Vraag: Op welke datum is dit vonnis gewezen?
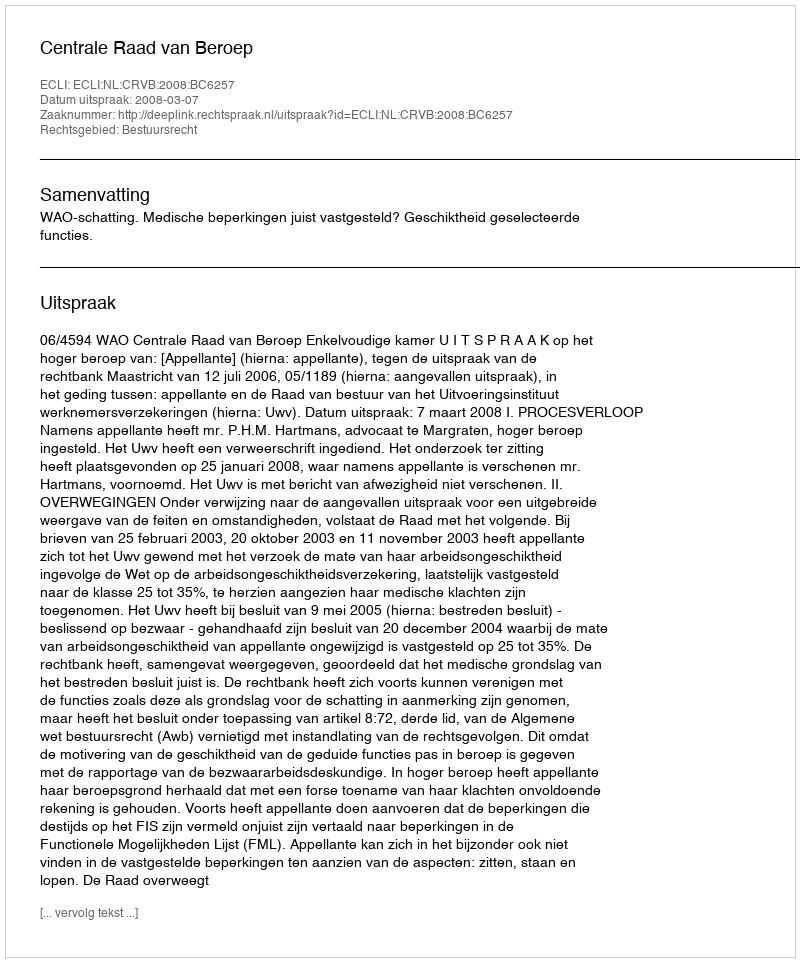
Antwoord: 2008-03-07